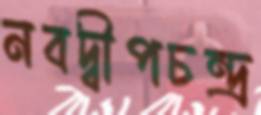
নবদ্বীপচন্দ্র